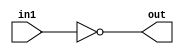
/*
    CS/ECE 552 Spring '23
    Homework #1, Problem 1

    1 input NOT
*/
`default_nettype none
module not1 (out, in1);
    output wire out;
    input wire in1;
    assign out = ~in1;
endmodule
`default_nettype wire